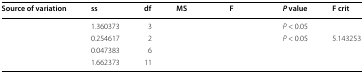
<table><thead><tr><td><b>Source of variation</b></td><td><b>ss</b></td><td><b>df</b></td><td><b>MS</b></td><td><b>F</b></td><td><b><i>P</i> value</b></td><td><b>F crit</b></td></tr></thead><tbody><tr><td>[EMPTY_CELL]</td><td>1.360373</td><td>3</td><td>[EMPTY_CELL]</td><td>[EMPTY_CELL]</td><td><i>P</i> &lt; 0.05</td><td>[EMPTY_CELL]</td></tr><tr><td>[EMPTY_CELL]</td><td>0.254617</td><td>2</td><td>[EMPTY_CELL]</td><td>[EMPTY_CELL]</td><td><i>P</i> &lt; 0.05</td><td>5.143253</td></tr><tr><td>[EMPTY_CELL]</td><td>0.047383</td><td>6</td><td>[EMPTY_CELL]</td><td>[EMPTY_CELL]</td><td>[EMPTY_CELL]</td><td>[EMPTY_CELL]</td></tr><tr><td>[EMPTY_CELL]</td><td>1.662373</td><td>11</td><td>[EMPTY_CELL]</td><td>[EMPTY_CELL]</td><td>[EMPTY_CELL]</td><td>[EMPTY_CELL]</td></tr></tbody></table>